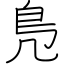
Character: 鳬